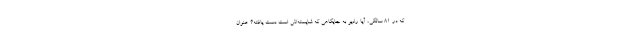
که در ۸۱ سالگی، آیا رادیو به جایگاهی که شایسته‌اش است دست یافته؟ عنوان